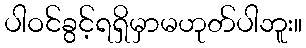
ပါဝင်ခွင့်ရရှိမှာမဟုတ်ပါဘူး။